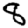
Digit: 8